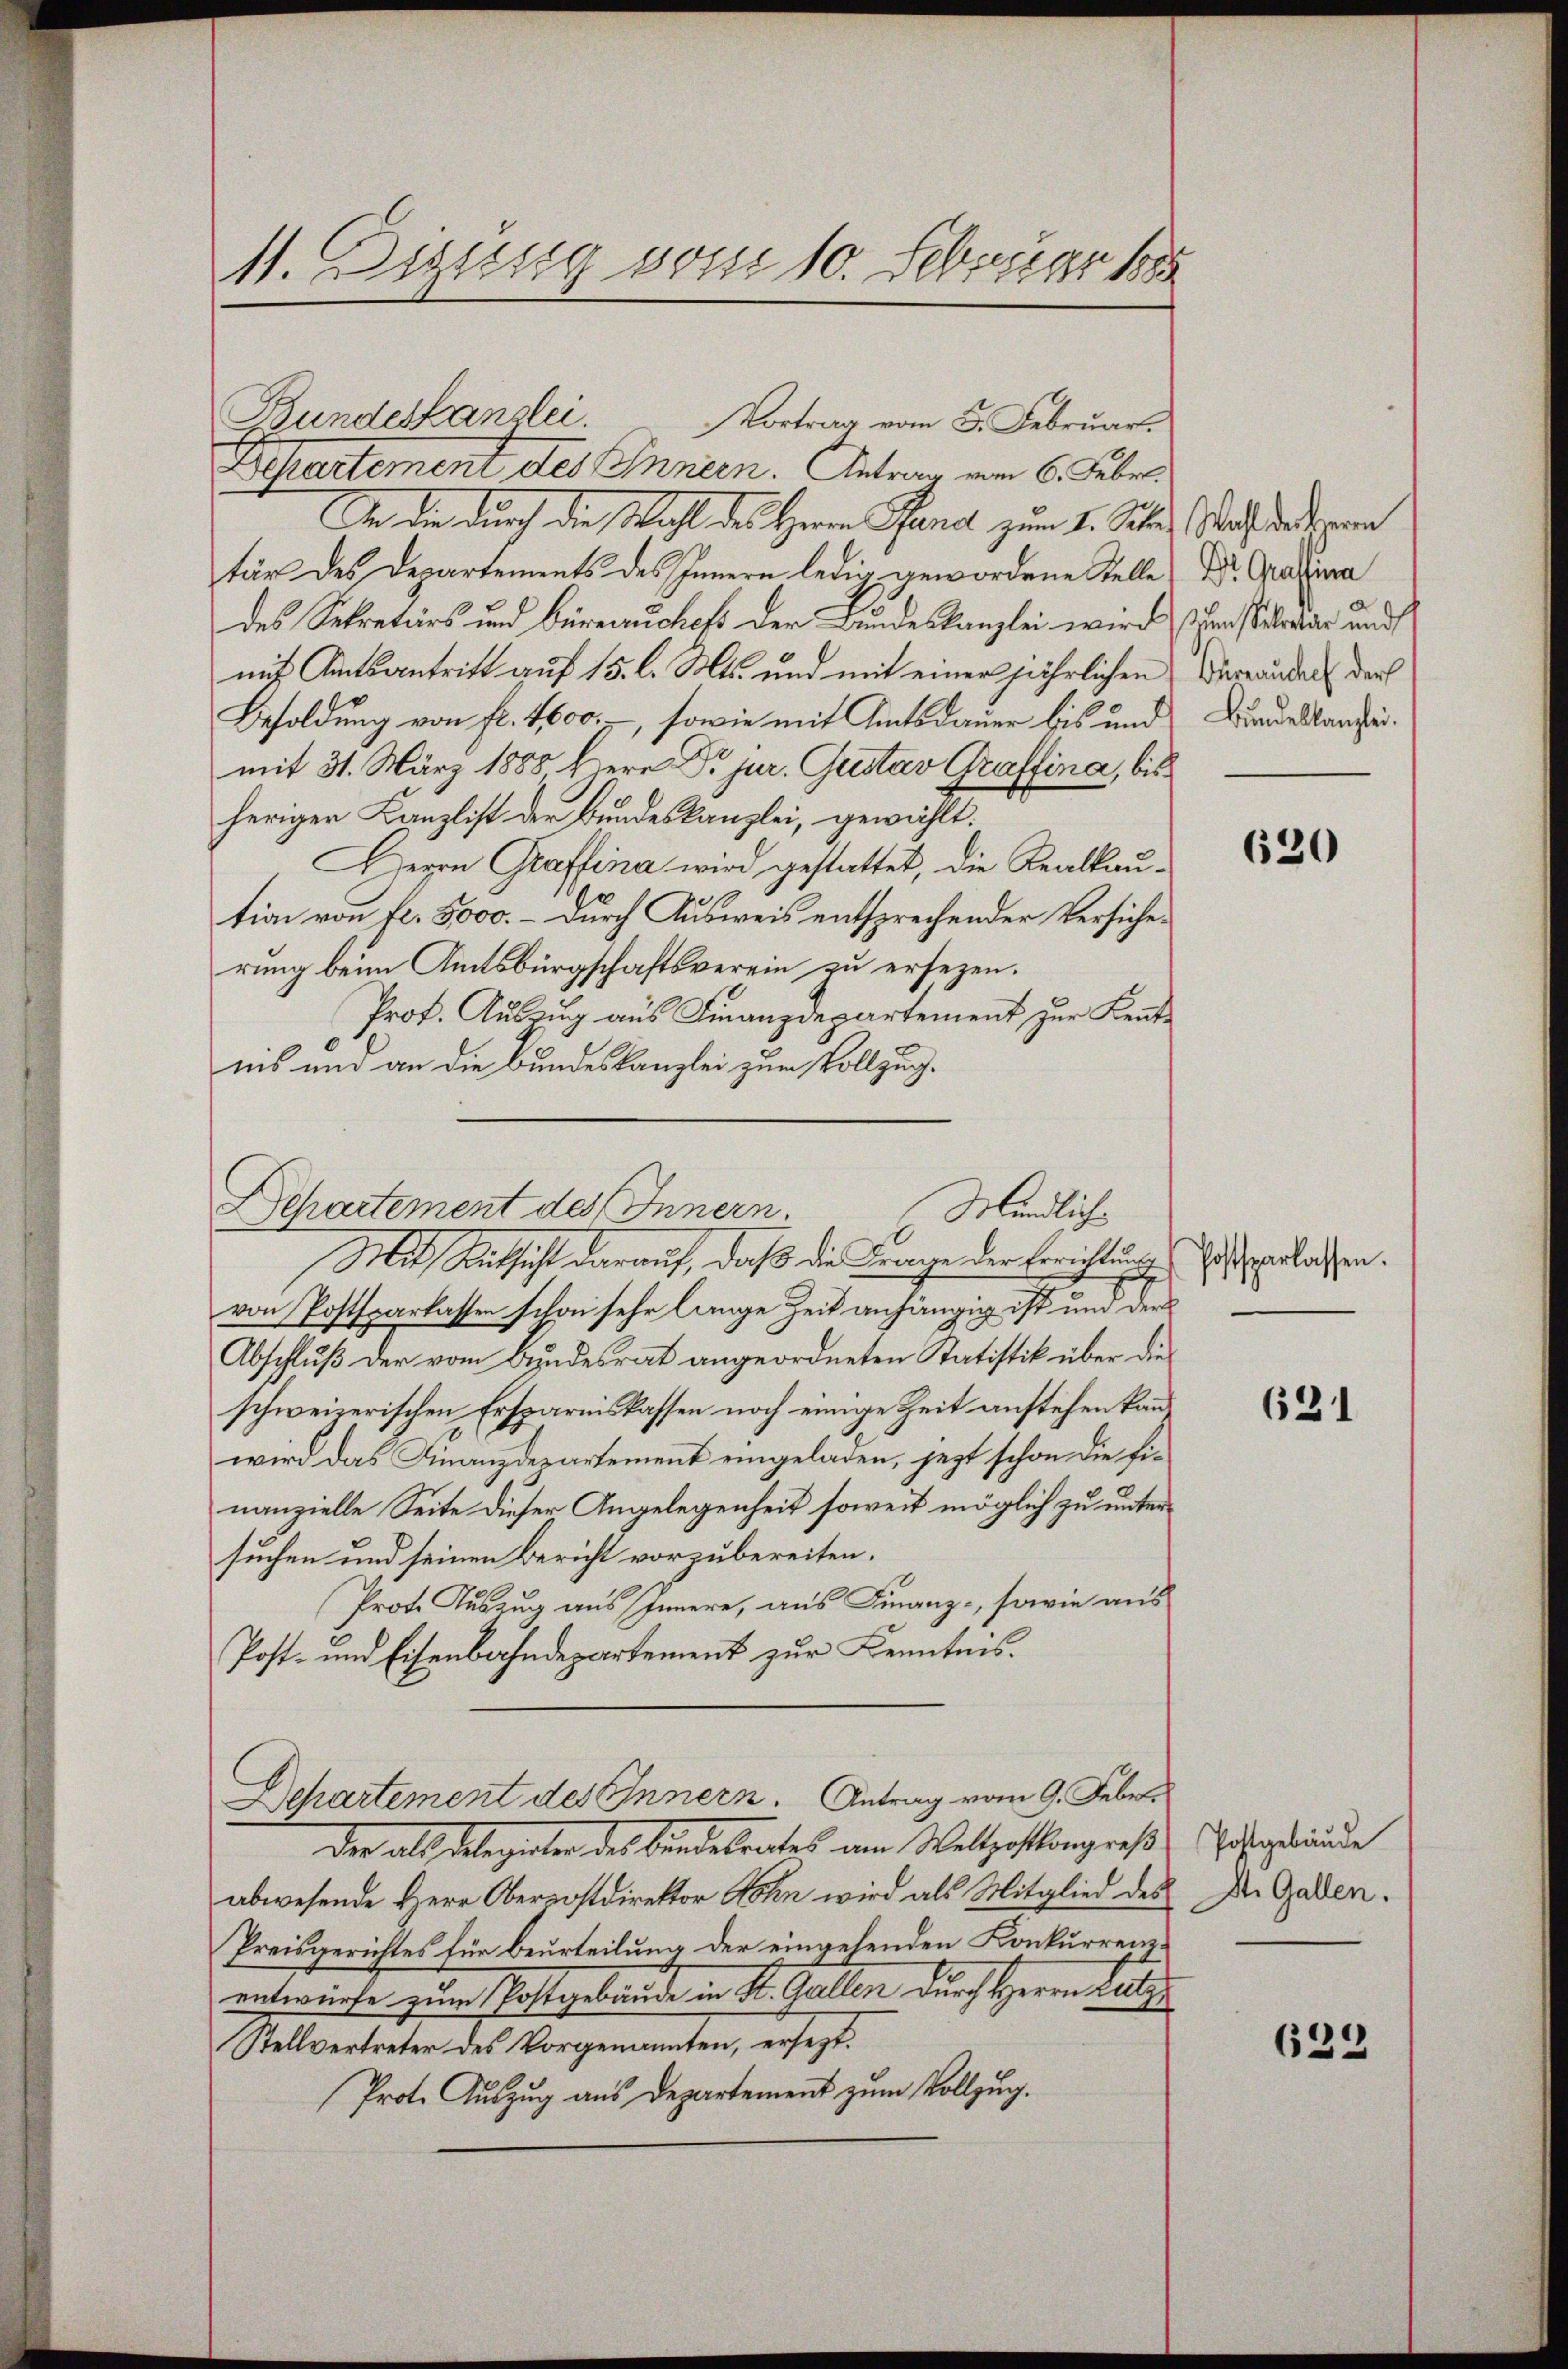
Bundeskanzlei.
Departement des Innern. Antrag vom 6. Febr.
An die durch die Wahl des Herrn Pfand zum 1. Jun. Nach der tren
tär des Departements des Innern ledig gewordene Stelle, Dr. Gratura
des Sekretärs und Büreauchefs der Bundeskanzlei wird suum etwar und
mit Amtsantritt auf 15. l. Mts. und mit einer jährlichen Verwanden der
Besoldung von fl. 4000.-, sowie mit Amtsdauer bis und Bundeskanze
mit 31. März 1888 herr Dr. jur. Gustav Graffina, bisheriger Kanzlist der Bundeskanzlei, gewählt:
Herrn Graffina wird gestattet, die Realkaution von fl. 5000. – durch Ausweis entsprechender Versicherung beim Amtsbürgschaftsverein zu ersezen.
Prot. Auszug aus Finanzdepartement zur Kenntnis und an die Bundeskanzlei zum Vollzug.

11. Beisig von 10. Februar 1885

Departement des Innern.
Mündliche

Vortrag vom 5. Februar.

Mit Ruthicht darauf, daß die Frage der Berichtung
von Postsparlassen schon sehr lange Zeit anhängig ist und der
Abschluß der vom Bundesrat angeordneten Statistik über die
schweizerischen Ersparniskassen noch einige Zeit anstehen kannwird das Finanzdepartement eingeladen, jezt schon die Finanzielle Seite dieser Angelegenheit soweit möglich zu untersuchen und seinen Bericht vorzubereiten.
Prote Auszug aus Innere, aus Finanz-, sowie aus
Post- und Eisenbahndepartement zur Kenntnis¬
Dehartement des Innern. Antrag vom 9. Febr.
der als dabegüter des Bindesrates am Weltgestangreß
abwesende Herr Oberpostdirektor Sohn wird als Mitglied des
Preisgerichtes für beurteilung der eingehenden Konkurrenzentwürfe zum Postgebäude in St. Gallen durch Herrn Latz
Stellvertreter des Vorgenannten, ersezt.
Prot. Auszug aus Departement zum Vollzug.

620

hoftsparlassen.

631

Postgebäude
St. Gallen.

633